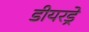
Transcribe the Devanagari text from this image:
डीयरड्रे